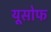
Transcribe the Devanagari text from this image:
यूसोफ